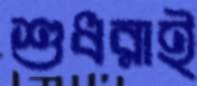
শুধরাই